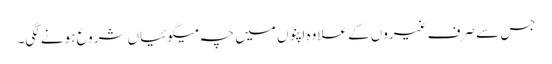
جس سے صرف غیروں کے علاوہ اپنوں میں چہ میگوئیاں شروع ہونے لگی۔